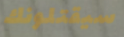
سيقتلونك